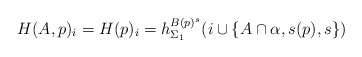
\begin{align*}H(A,p)_i =H(p)_i = h^{B(p)^s}_{\Sigma_1}(i \cup \{ A\cap \alpha, s(p), s\})\end{align*}